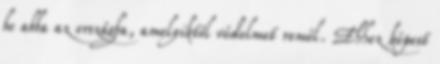
be abba az országba, amelyiktől védelmet remél. Ehhez képest